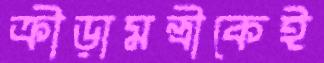
ক্রীড়ামন্ত্রীকেই